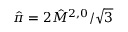
\hat { \pi } = 2 \hat { M } ^ { 2 , 0 } / \sqrt { 3 }